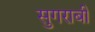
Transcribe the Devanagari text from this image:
सुगराबी